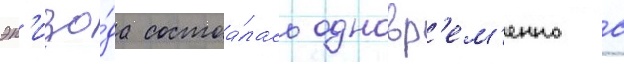
эп'изо́да состоа́лась одновр'ем'енно с